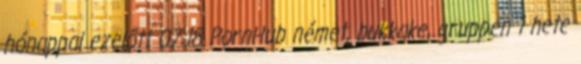
hónappal ezelőtt 07:18 PornHub német, bukkake, gruppen 1 hete